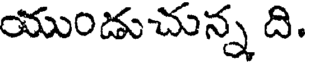
యుండుచున్న ది.